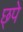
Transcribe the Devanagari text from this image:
छ्पे